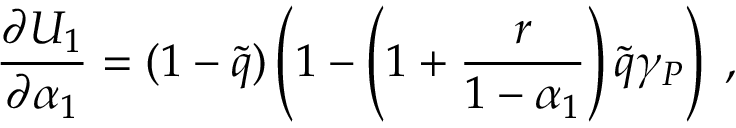
\frac { \partial U _ { 1 } } { \partial \alpha _ { 1 } } = ( 1 - \tilde { q } ) \left( 1 - \left( 1 + \frac { r } { 1 - \alpha _ { 1 } } \right) \tilde { q } \gamma _ { P } \right) \; ,